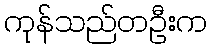
ကုန်သည်တဦးက